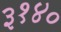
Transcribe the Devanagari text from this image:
३१४०